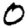
Digit: 0